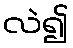
လဲ၍